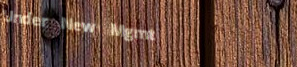
Under New Mgmt